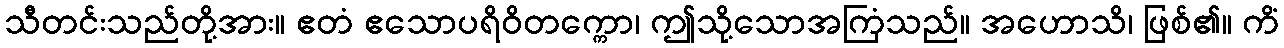
သီတင်းသည်တို့အား။ ဧတံ ဧသောပရိဝိတက္ကော၊ ဤသို့သောအကြံသည်။ အဟောသိ၊ ဖြစ်၏။ ကိံ